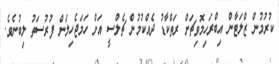
ކުރުމުން ޒްލަޓާން އިބްރަހިމޮވިޗަށް ރަތްކާޑު ދެއްކުމުން ޗެލްސީ އަށް ހަމަޖެހިލަން ފުރުސަތު ލިބުނެވެ.